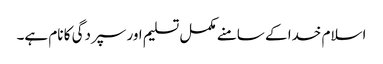
اسلام خدا کے سامنے مکمل تسلیم اور سپردگی کا نام ہے۔